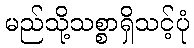
မည်သို့သစ္စာရှိသင့်ပုံ